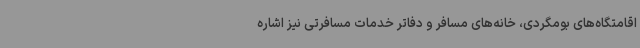
اقامتگاه‌های بومگردی، خانه‌های مسافر و دفاتر خدمات مسافرتی نیز اشاره